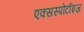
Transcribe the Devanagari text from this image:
एक्सस्पोर्टाइज़